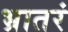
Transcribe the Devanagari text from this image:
भ्रातरं